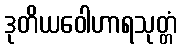
ဒုတိယဝေါဟာရသုတ္တံ